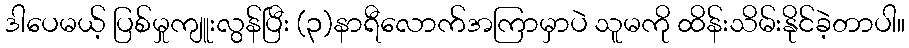
ဒါပေမယ့် ပြစ်မှုကျူးလွန်ပြီး (၃)နာရီလောက်အကြာမှာပဲ သူမကို ထိန်းသိမ်းနိုင်ခဲ့တာပါ။